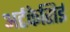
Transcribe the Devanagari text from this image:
अर्टकेसिई